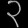
Digit: ၃